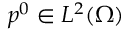
p ^ { 0 } \in L ^ { 2 } ( \Omega )